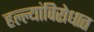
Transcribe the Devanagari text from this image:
हल्ल्यांविरोधात